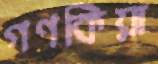
গণকিয়া